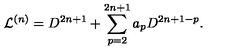
{ \cal L } ^ { ( n ) } = D ^ { 2 n + 1 } + \sum _ { p = 2 } ^ { 2 n + 1 } a _ { p } D ^ { 2 n + 1 - p } .